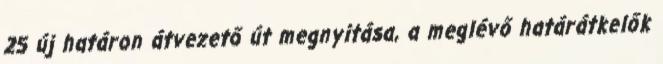
25 új határon átvezető út megnyitása, a meglévő határátkelők